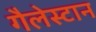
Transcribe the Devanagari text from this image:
गैलेस्टान